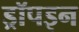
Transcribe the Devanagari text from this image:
ड्रॉपइन